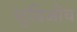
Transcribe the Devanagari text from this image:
स्टुडिओच